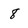
Character: 8